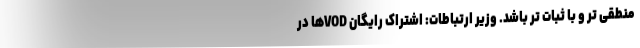
منطقی تر و با ثبات تر باشد. وزیر ارتباطات: اشتراک رایگان VODها در